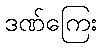
ဒဏ်ကြေး